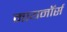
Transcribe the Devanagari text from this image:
मायनॉर्स